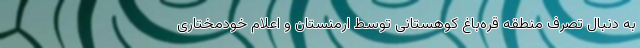
به دنبال تصرف منطقه قره‌باغ کوهستانی توسط ارمنستان و اعلام خودمختاری